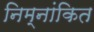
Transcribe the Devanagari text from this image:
निम्नांकित